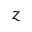
z